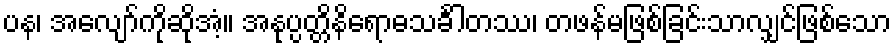
ပန၊ အလျော်ကိုဆိုအံ့။ အနုပ္ပတ္တိနိရောဓသင်္ခါတဿ၊ တဖန်မဖြစ်ခြင်းသာလျှင်ဖြစ်သော